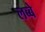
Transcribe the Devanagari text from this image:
लब्बे